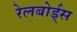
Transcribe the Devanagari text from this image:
रेलबोर्ड्स